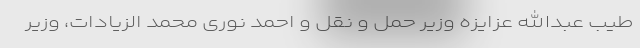
طیب عبدالله عزایزه وزیر حمل و نقل و احمد نوری محمد الزیادات، وزیر